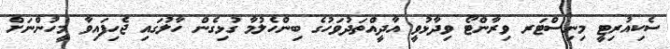
ސެކިއުރިޓީ މިނިސްޓަރ ވިރާންޓޯ ވިދާޅުވީ އާދީއްތަދުވަހުގެ ބިންހެލުމާ ގުޅިގެން ހާލުގައި ޖެހިފައިވާ މީހުންނަށް